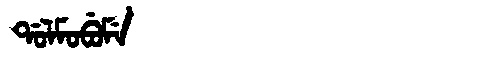
Manchu: ᡩᠣᠯᠮᠣᠪᡠᠮᡝ
Romanization: DOLMOBUME